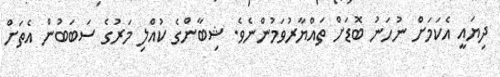
ދިޔައީ އެކަމަށް ނުހަނު ބޮޑަށް ތައްޔާރުވަމުންނެވެ. ޝިބާންގެ ކުއްލި މަރުގެ ސަބަބުން އެތަށް